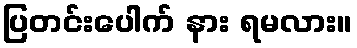
ပြတင်းပေါက် နား ရမလား။